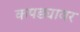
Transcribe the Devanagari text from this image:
कपड्यावर